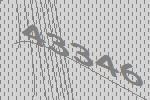
43346